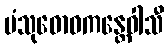
ပံသုဓောဝကန္တေဝါသီ